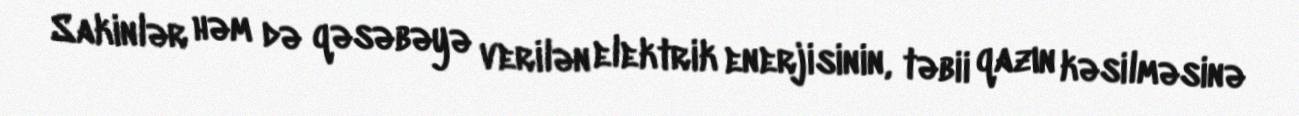
Sakinlər həm də qəsəbəyə verilən elektrik enerjisinin, təbii qazın kəsilməsinə